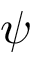
\psi